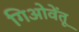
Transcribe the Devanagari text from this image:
गिओवेंतू